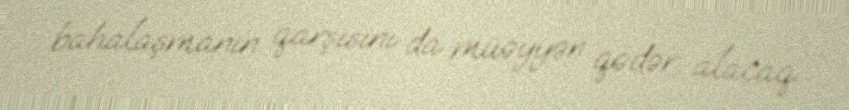
bahalaşmanın qarşısını da müəyyən qədər alacaq.